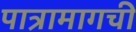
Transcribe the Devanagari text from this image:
पात्रामागची